Riigikantselei, lk 165
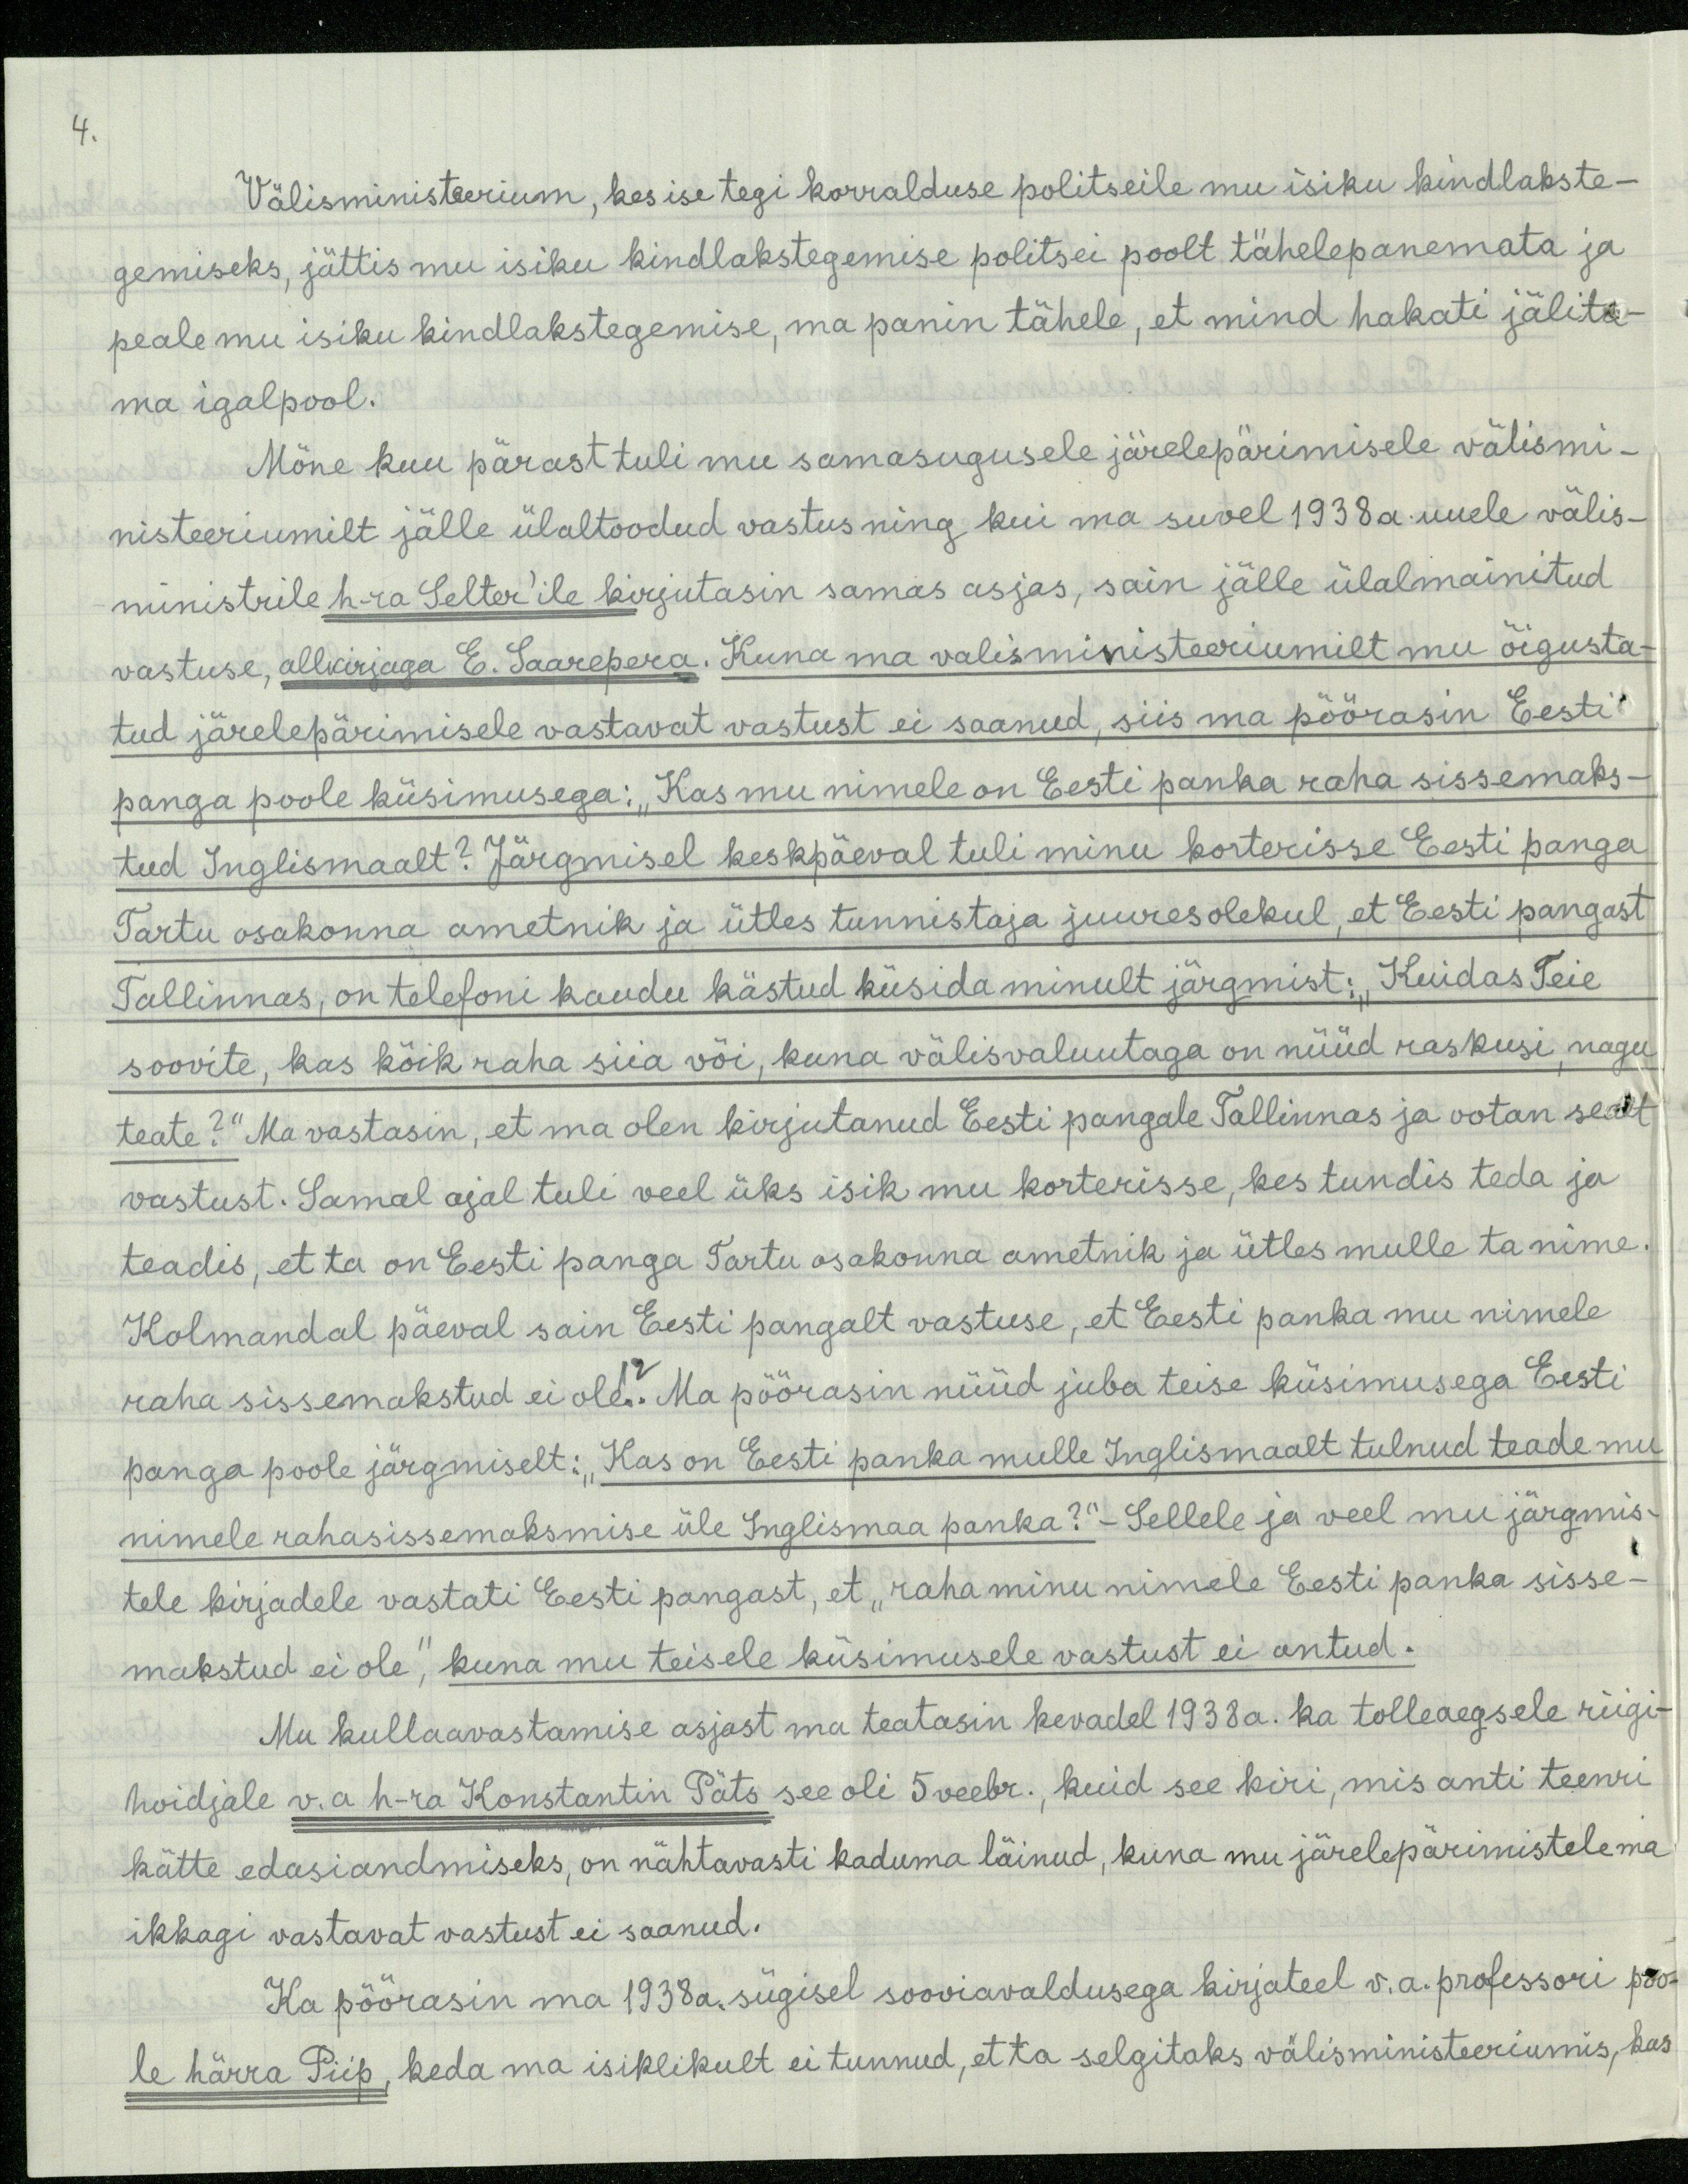
4.
Välisministeerium, kes ise tegi korralduse politseile mu isiku kindlakste-
gemiseks, jättis mu isiku kindlakstegemise politsei poolt tähelepanemata ja
peale mu isiku kindlakstegemise, ma panin tähele, et mind hakati jälita-
ma igalpool.
Mõne kuu pärast tuli mu samasugusele järelepärimisele välismi-
nisteeriumilt jälle ülaltoodud vastus ning kui ma suvel 1938a uuele välis-
ministrile h-ra Selter'ile kirjutasin samas asjas, sain jälle ülalmainitud
vastuse, allkirjaga E. Saarepera. Kuna ma valisministeeriumilt mu õigusta-
tud järelepärimisele vastavat vastust ei saanud, siis ma pöörasin Eesti
panga poole küsimusega: "Kas mu nimele on Eesti panka raha sissemaks-
tud Inglismaalt? Järgmisel keskpäeval tuli minu korterisse Eesti panga
Tartu osakonna ametnik ja ütles tunnistaja juuresolekul, et Eesti pangast
Tallinnas, on telefoni kaudu kästud küsida minult järgmist: „Kuidas Teie
soovite, kas kõik raha siia või, kuna välisvaluutaga on nüüd raskusi, nagu
teate?" Ma vastasin, et ma olen kirjutanud Eesti pangale Tallinnas ja ootan sealt
vastust. Samal ajal tuli veel üks isik mu korterisse, kes tundis teda ja
teadis, et ta on Eesti panga Tartu osakonna ametnik ja ütles mulle ta nime.
Kolmandal päeval sain Eesti pangalt vastuse, et Eesi panka mu nimele
raha sissemakstud ei ole. Ma pöörasin nüüd juba teise küsimusega Eesti
panga poole järgmiselt: "Kas on Eesti panka mulle Inglismaalt tulnud teade mu
nimele rahasissemaksmise üle Inglismaa panka?"- Sellele ja veel mu järgmis-
tele kirjadele vastati Eesti pangast, et „raha minu nimele Eesi panka sisse-
makstud ei ole", kuna mu teisele küsimusele vastust ei antud.
Mu kullaavastamise asjast ma teatasin kevadel 1938a. Ka tolleaegsele riigi-
hoidjale v.a. h-ra Konstantin Päts see oli 5 veebr. kuid see kiri, mis anti teenri
kätte edasiandmiseks, on nähtavasti kaduma läinud, kuna mu järelepärimistele ma
ikkagi vastavat vastust ei saanud.
Ka pöörasin ma 1938a, sügisel sooviavaldusega kirjateel v.a. professori poo-
le härra Piip, keda ma isiklikult ei tunnud, et ta selgitaks välisministeeriumis, kas